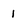
Character: 1